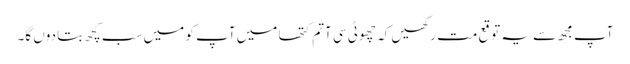
آپ مجھ سے یہ توقع مت رکھیں کہ چھوٹی سی آتم کتھا میں آپ کو میں سب کچھ بتا دوں گا۔